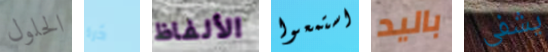
الحلول ذرة الألفاظ استمعوا باليد يشفى